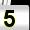
Digit: 5